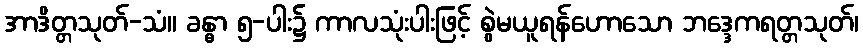
အာဒိတ္တသုတ်-သံ။ ခန္ဓာ ၅-ပါး၌ ကာလသုံးပါးဖြင့် စွဲမယူရန်ဟောသော ဘဒ္ဒေကရတ္တသုတ်၊